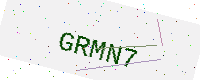
Text: GRMN7